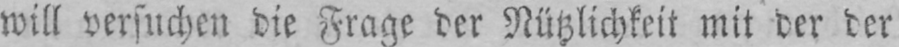
will versuchen die Frage der Nützlichkeit mit der der